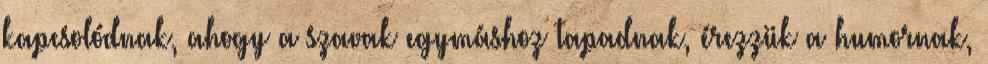
kapcsolódnak, ahogy a szavak egymáshoz tapadnak, érezzük a humornak,